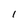
Character: 1